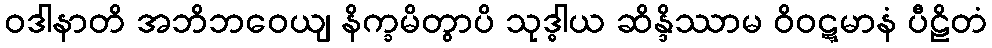
ဝဒါနာတိ အဘိဘဝေယျ နိက္ခမိတွာပိ သုဒ္ဓါယ ဆိန္ဒိဿာမ ဝိဝဋ္ဋမာနံ ပီဠိတံ